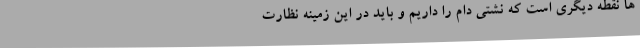
ها نقطه دیگری است که نشتی دام را داریم و باید در این زمینه نظارت